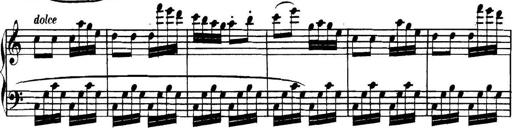
Title: Collected Piano Sonatas
Composer: Muzio Clementi